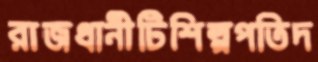
রাজধানীটিশিল্পপতিদ